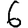
Digit: 6